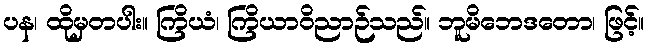
ပန၊ ထိုမှတပါး။ ကြိယံ၊ ကြိယာဝိညာဉ်သည်။ ဘူမိဘေဒတော၊ ဖြင့်။